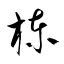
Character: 棟